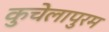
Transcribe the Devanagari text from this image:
कुचेलापुरम